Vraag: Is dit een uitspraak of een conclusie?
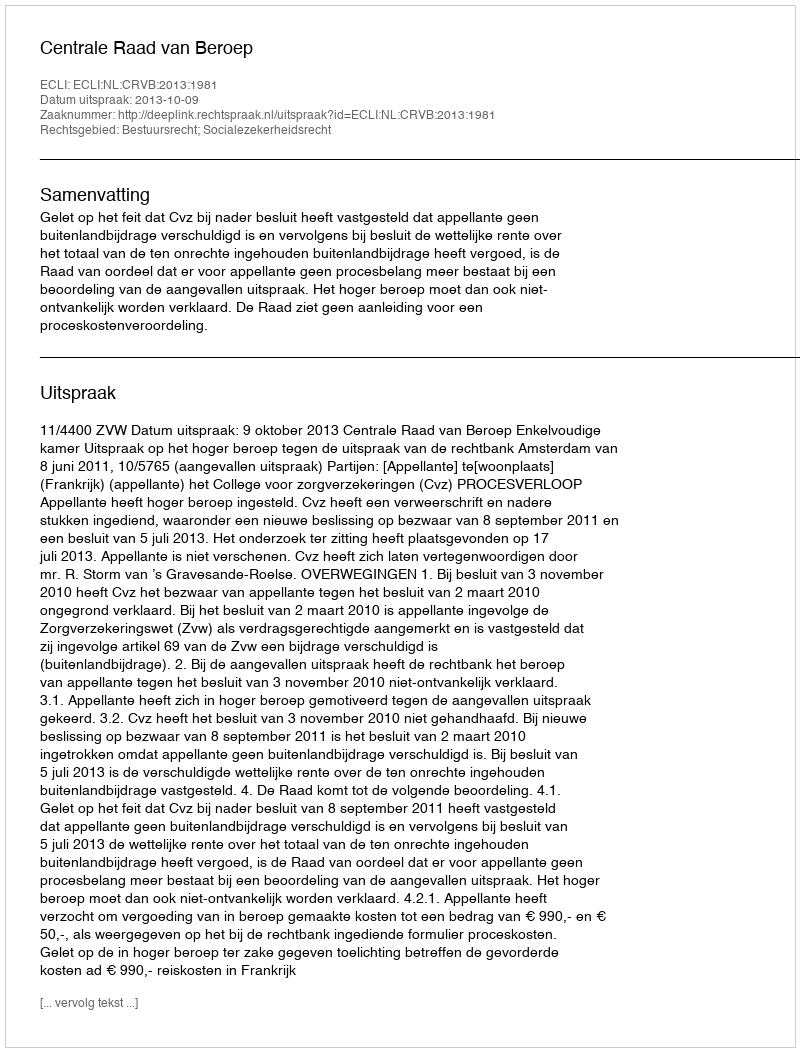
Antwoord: Uitspraak